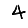
Digit: 4